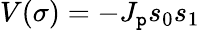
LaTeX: V(\sigma)=-J_{\mathtt{p}}s_{0}s_{1}